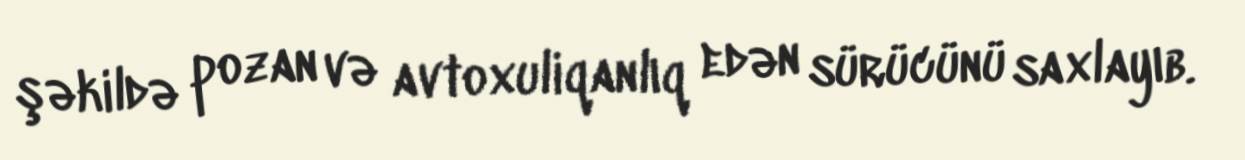
şəkildə pozan və avtoxuliqanlıq edən sürücünü saxlayıb.